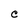
Character: C